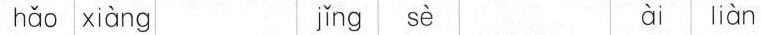
hǎo xiàng jǐnq sè ài liàn